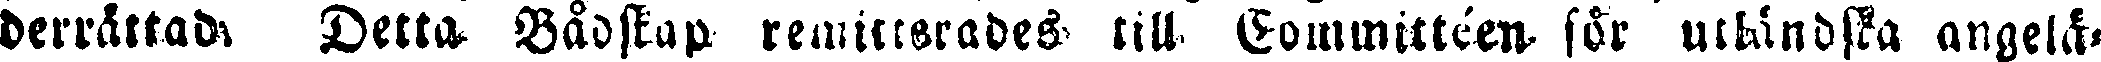
derrättad. Detta Bådstap remitterades till Committéen för utländska angelä-